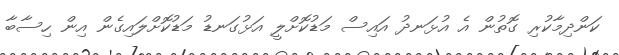
ކަންދިމާކުރި ގޮތުން އެ އުޅަނދު އައިސް މަޑުކޮށްލީ އަޅުގަނޑު މަޑުކޮށްލައިގެން އިން ހިސާބާ